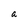
Character: a